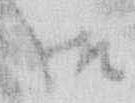
御